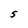
Character: S